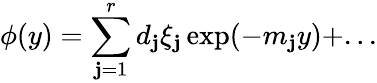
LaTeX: \phi(y)=\sum_{\mathbf{j}=1}^{r}d_{\mathbf{j}}\xi_{\mathbf{j}}\exp(-m_{\mathbf{j}}y)+...